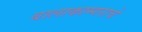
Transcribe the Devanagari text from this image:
बालाकाम्गराचे